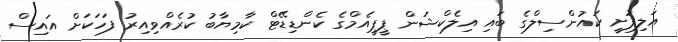
އަލިފުށީ ކައުންސިލްގެ ބައި އިލެކްޝަން ޕީޕީއެމްގެ ކެންޑިޑޭޓް ކާމިޔާބު ކުރެއްވިއިރު ފަހަކަށް އައިސް